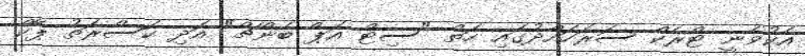
އެކުވެނީ ޓްރެކް ސަރަހައްދުގައި ހަތް "ސިޓް އަޕް ބެންޗް" އަދި ކަސްރަތު ޕާކް